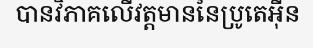
បានវិភាគលើវត្តមាននៃប្រូតេអ៊ីន